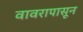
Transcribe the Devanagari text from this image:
वावरापासून